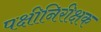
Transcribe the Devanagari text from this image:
पक्षीनिरीक्षक